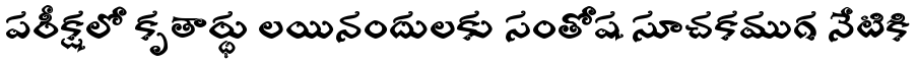
పరీక్షలో కృతార్థు లయినందులకు సంతోష సూచకముగ నేటికి